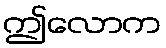
ဤလောက